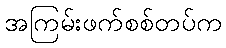
အကြမ်းဖက်စစ်တပ်က